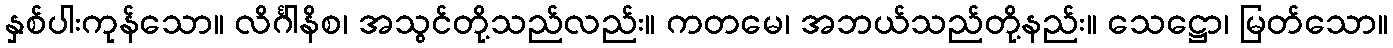
နှစ်ပါးကုန်သော။ လိင်္ဂါနိစ၊ အသွင်တို့သည်လည်း။ ကတမေ၊ အဘယ်သည်တို့နည်း။ သေဋ္ဌော၊ မြတ်သော။